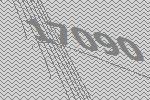
17090